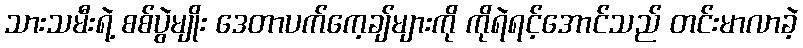
သားသမီးရဲ့ စစ်ပွဲမျိုး ဒေတာပက်ကေ့ချ်များကို ကိုရဲရင့်အောင်သည် တင်းမာလာခဲ့